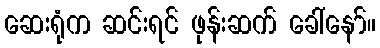
ဆေးရုံက ဆင်းရင် ဖုန်းဆက် ခေါ်နော်။